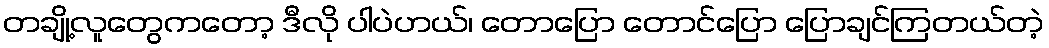
တချို့လူတွေကတော့ ဒီလို ပါပဲဟယ်၊ တောပြော တောင်ပြော ပြောချင်ကြတယ်တဲ့